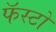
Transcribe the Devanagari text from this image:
फॅस्टो